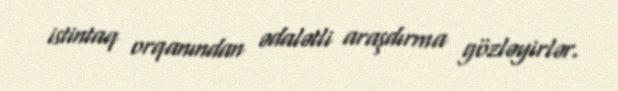
istintaq orqanından ədalətli araşdırma gözləyirlər.